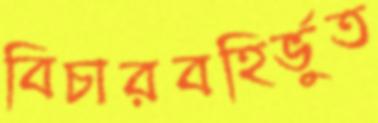
বিচারবহির্ভুত